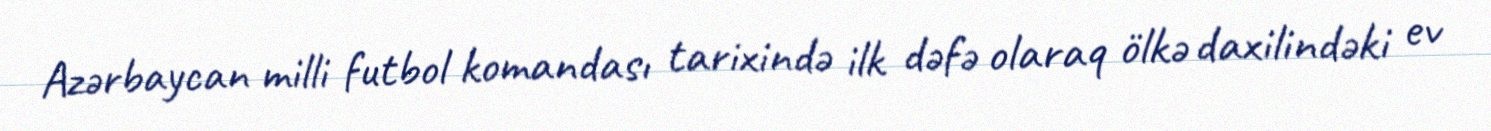
Azərbaycan milli futbol komandası tarixində ilk dəfə olaraq ölkə daxilindəki ev